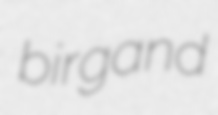
birgand